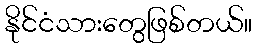
နိုင်ငံသားတွေဖြစ်တယ်။